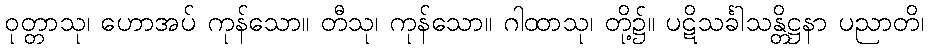
ဝုတ္တာသု၊ ဟောအပ် ကုန်သော။ တီသု၊ ကုန်သော။ ဂါထာသု၊ တို့၌။ ပဋိသင်္ခါသန္တိဋ္ဌနာ ပညာတိ၊